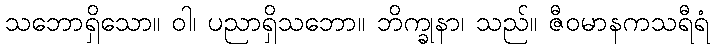
သဘောရှိသော။ ဝါ၊ ပညာရှိသဘော။ ဘိက္ခုနာ၊ သည်။ ဇီဝမာနကသရီရံ